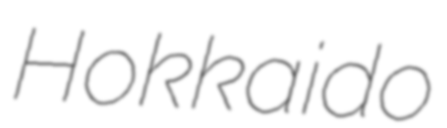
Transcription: Hokkaido